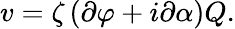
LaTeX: v=\zeta\left(\partial\varphi+i\partial\alpha\right)Q.